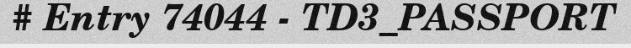
# Entry 74044 - TD3_PASSPORT